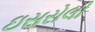
ઇસરોલી